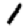
Digit: 1